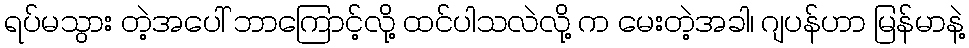
ရပ်မသွား တဲ့အပေါ် ဘာကြောင့်လို့ ထင်ပါသလဲလို့ က မေးတဲ့အခါ၊ ဂျပန်ဟာ မြန်မာနဲ့